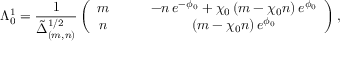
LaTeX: \Lambda _ { 0 } ^ { 1 } = \frac { 1 } { \tilde { \Delta } _ { ( m , n ) } ^ { 1 / 2 } } \left( \begin{array} { c c } { { m \qquad } } & { { - n \, e ^ { - \phi _ { 0 } } + \chi _ { 0 } \, ( m - \chi _ { 0 } n ) \, e ^ { \phi _ { 0 } } } } \\ { { n \qquad } } & { { ( m - \chi _ { 0 } n ) \, e ^ { \phi _ { 0 } } } } \end{array} \right) ,